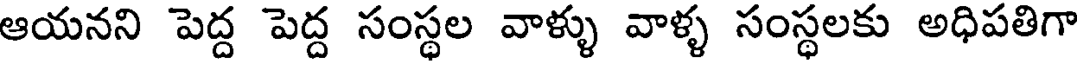
ఆయనని పెద్ద పెద్ద సంస్థల వాళ్ళు వాళ్ళ సంస్థలకు అధిపతిగా